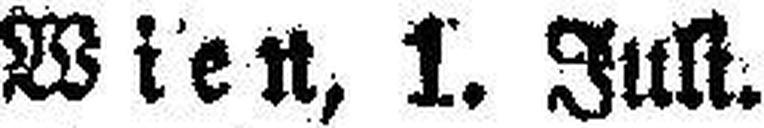
Wien, 1. Juli.